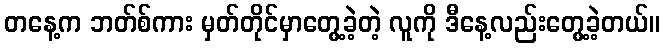
တနေ့က ဘတ်စ်ကား မှတ်တိုင်မှာတွေ့ခဲ့တဲ့ လူကို ဒီနေ့လည်းတွေ့ခဲ့တယ်။